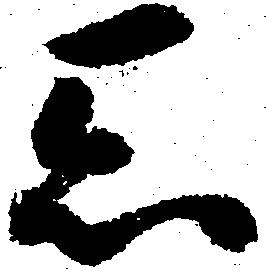
忝